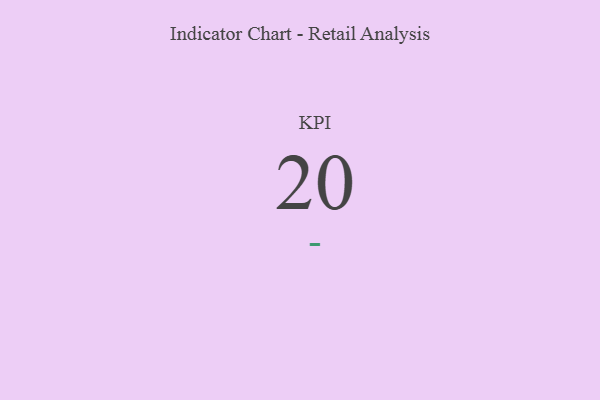
{"axis": {"x": "KPI", "y": "Value"}, "legend": [""], "data": [{"x": "KPI", "y": 20, "type": ""}]}